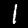
Digit: 1